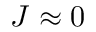
J \approx 0